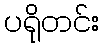
ပရိုတင်း